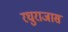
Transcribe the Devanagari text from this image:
रघुराजास